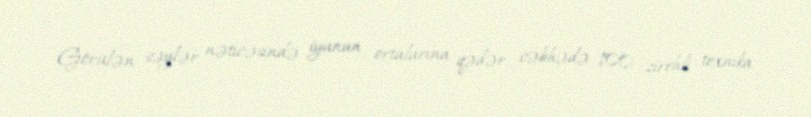
Görülən səylər nəticəsində iyunun ortalarına qədər cəbhədə 100 zirehli texnika